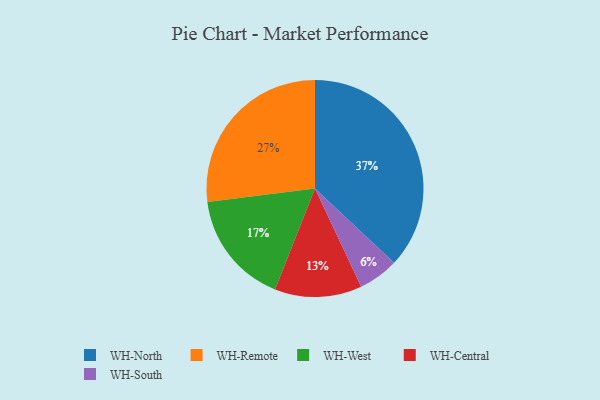
{"axis": {"x": "Category", "y": "Percentage"}, "legend": ["WH-Central", "WH-North", "WH-Remote", "WH-South", "WH-West"], "data": [{"x": "WH-Remote", "y": 27, "type": "WH-Remote"}, {"x": "WH-Central", "y": 13, "type": "WH-Central"}, {"x": "WH-South", "y": 6, "type": "WH-South"}, {"x": "WH-West", "y": 17, "type": "WH-West"}, {"x": "WH-North", "y": 37, "type": "WH-North"}]}